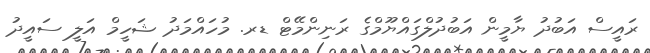
ރައީސް އަބުދު ޔާމީން އަބުދުލްގައްޔޫމްގެ ރަނިންމޭޓް ޑރ. މުހައްމަދު ޝަހީމް އަލީ ސައީދު